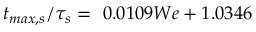
{ { t } _ { m a x , s } } / { \tau _ { s } } = \ 0 . 0 1 0 9 W e + 1 . 0 3 4 6